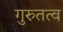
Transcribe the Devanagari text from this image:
गुरुतत्व